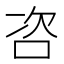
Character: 咨